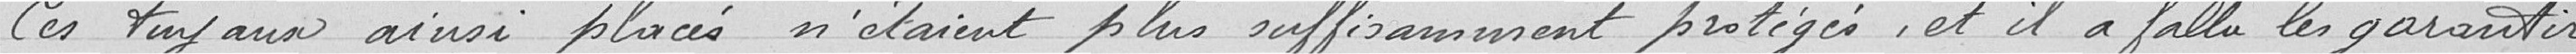
C'est tuyau ainsi placé n'était plus suffisamment protégé, et il a fallu les garantir